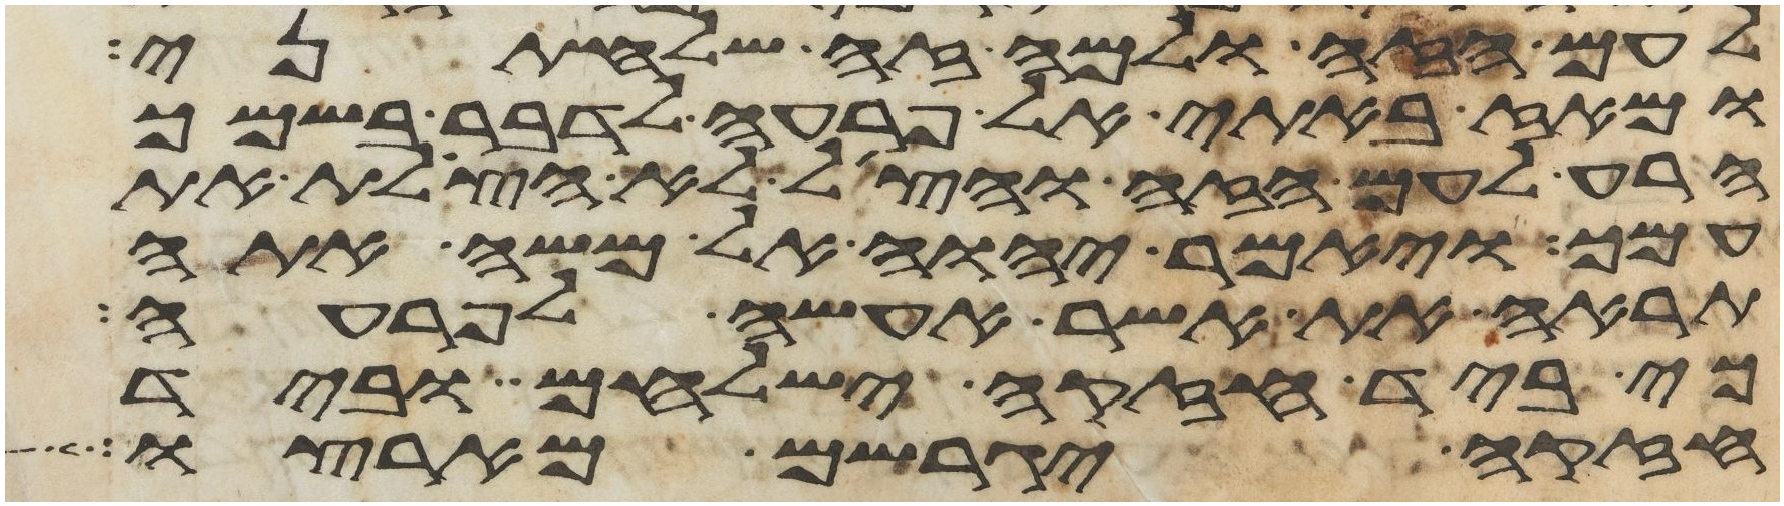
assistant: לעם הזה ולמה זה שלחתני
ומאז באתי אל פרעה לדבר בשמך
הרע לעם הזה והצל לא הצלת את
עמך ויאמר יהוה אל משה אתה
תראה את אשר אעשה לפרעה
כי ביד חזקה ישלחם וביד
חזקה יגרשם מארצו